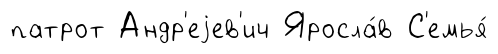
патрот Андр'еjев'ич Яросла́в С'емья́